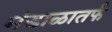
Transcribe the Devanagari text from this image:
मंडाळातर्फ